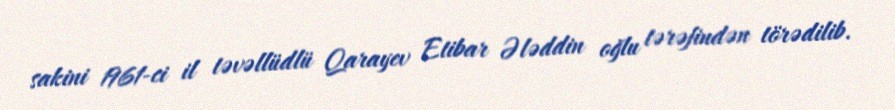
sakini 1961-ci il təvəllüdlü Qarayev Etibar Ələddin oğlu tərəfindən törədilib.